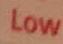
low